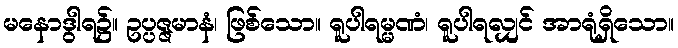
မနောဒွါရ၌။ ဥပ္ပဇ္ဇမာနံ၊ ဖြစ်သော။ ရူပါရမ္မဏံ၊ ရူပါရလျှင် အာရုံရှိသော။